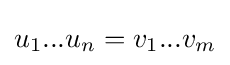
u_{1}...u_{n}=v_{1}...v_{m}